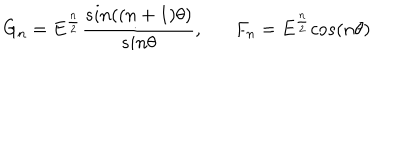
G _ { n } = E ^ { \frac { n } { 2 } } \frac { s i n ( ( n + 1 ) \theta ) } { s i n \theta } , F _ { n } = E ^ { \frac { n } { 2 } } c o s ( n \theta )